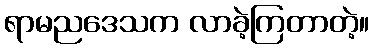
ရာမညဒေသက လာခဲ့ကြတာတဲ့။